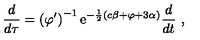
\frac { d } { d \tau } = \left( \varphi ^ { \prime } \right) ^ { - 1 } \mathrm { e } ^ { - \frac 1 2 ( c \beta + \varphi + 3 \alpha ) } \frac { d } { d t } \ ,